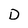
Character: D